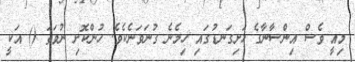
މިއީ ވެސް އިންސާނާގެ ހަށިގަނޑުގައި ހިމެނެ ގުނަވަނެކެވެ. ހުންކޮށި ނުވަތަ () އަކީ